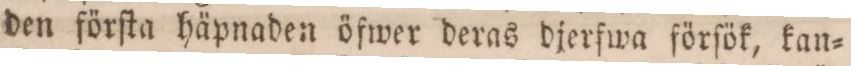
den förſta häpnaden öfwer deras djerfwa förfök, kan=